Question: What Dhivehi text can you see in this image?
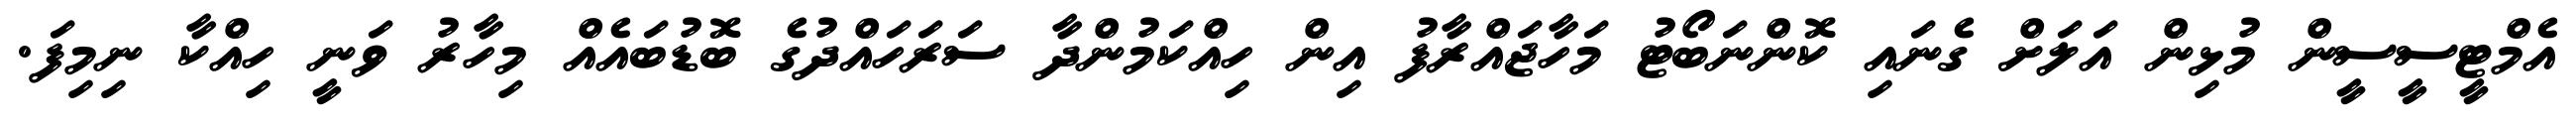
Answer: އެމްޓީސީސީން މުޅިން އަލަށް ގެނައި ކޮންނަބޯޓު މަހާޖައްރާފު އިން ހިއްކަމުންދާ ސަރަހައްދުގެ ބޮޑުބައެއް މިހާރު ވަނީ ހިއްކާ ނިމިފަ.